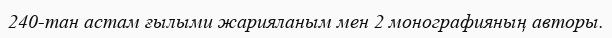
240-тан астам ғылыми жарияланым мен 2 монографияның авторы.